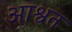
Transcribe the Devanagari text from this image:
आश्वत